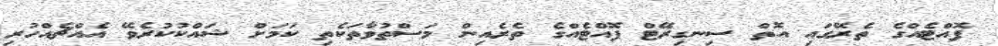
ފޮއްޓެއްގެ ތެރޭގައި އޮތް ސިނގިރޭޓް ފޮއްޓެއްގެ ތެރެއިން މަސްތުވާތަކެތި ކަމަށް ޝައްކުކުރެވޭ އެއްޗެއްހުރި